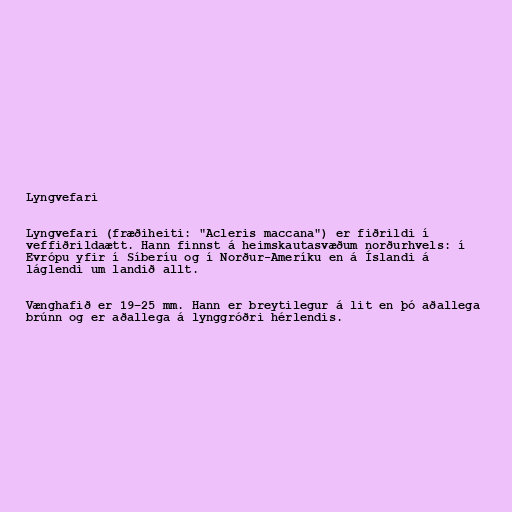
Lyngvefari

Lyngvefari (fræðiheiti: "Acleris maccana") er fiðrildi í
veffiðrildaætt. Hann finnst á heimskautasvæðum norðurhvels: í
Evrópu yfir í Síberíu og í Norður-Ameríku en á Íslandi á
láglendi um landið allt.

Vænghafið er 19–25 mm. Hann er breytilegur á lit en þó aðallega
brúnn og er aðallega á lynggróðri hérlendis.